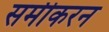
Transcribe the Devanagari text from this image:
समीकरन